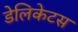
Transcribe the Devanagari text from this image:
डेलिकेटस